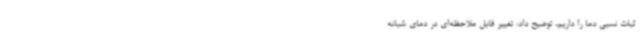
ثبات نسبی دما را داریم، توضیح داد: تغییر قابل ملاحظه‌ای در دمای شبانه